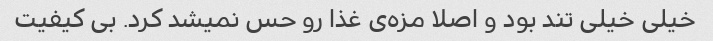
خیلی خیلی تند بود و اصلا مزه‌ی غذا رو حس نمیشد کرد. بی کیفیت